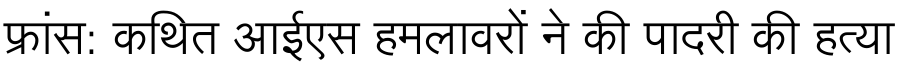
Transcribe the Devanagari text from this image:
फ्रांस: कथित आईएस हमलावरों ने की पादरी की हत्या